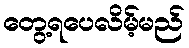
တွေ့ရပေလိမ့်မည်